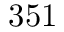
3 5 1